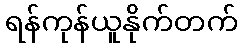
ရန်ကုန်ယူနိုက်တက်